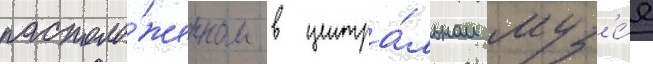
располо́женном в центра́льном муз'е́е